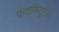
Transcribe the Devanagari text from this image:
फंदफितुरीने